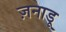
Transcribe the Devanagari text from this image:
ज़नाडू